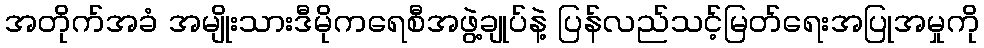
အတိုက်အခံ အမျိုးသားဒီမိုကရေစီအဖွဲ့ချုပ်နဲ့ ပြန်လည်သင့်မြတ်ရေးအပြုအမှုကို